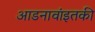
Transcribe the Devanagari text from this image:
आडनावांइतकी